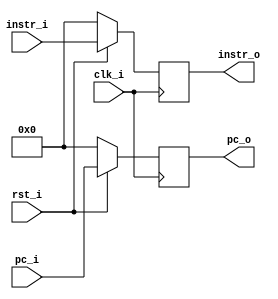
/***************************************************
Student Name: 
Student ID: 
***************************************************/

`timescale 1ns/1ps

module IF_ID_pipeline_reg(
	input          clk_i,
    	input          rst_i,
	
	
	/*Data input*/
        input  		[32-1:0] pc_i,
        input		[32-1:0] instr_i,

	/*Data output*/
	output reg [32-1:0] pc_o,
	output reg [32-1:0] instr_o
);

always@(posedge clk_i) begin
	if(~rst_i) 
		begin
			pc_o <= 32'd0;
	        	instr_o <= 32'd0;
	
		end
    	else 
		begin
			pc_o <= pc_i;
	        	instr_o <= instr_i;
		end
//$display("%0dns :\$display: Opcode = %7b ALUSrc=%b RegWrite=%b Branch =%b ALUOp =%2b"  , $stime, instr_i[7-1:0], alusrc, regwrite, branch, ALU_OP);

end

endmodule